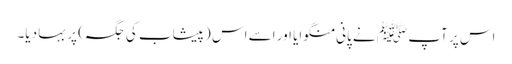
اس پر آپ ﷺ نے پانی منگوایا اور اسے اس (پیشاب کی جگہ) پر بہا دیا۔